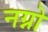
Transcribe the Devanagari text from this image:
नग्नो